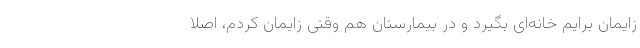
زایمان برایم خانه‌ای بگیرد و در بیمارستان هم وقتی زایمان کردم، اصلا